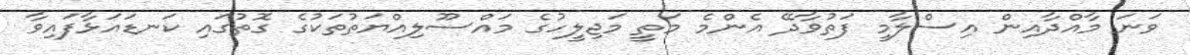
ވަނަ މާއްދާއިން އިސްލާމީ ފަތުވާދޭ އެންމެ މަތީ މަޖިލީހުގެ މައްސޫލިއްޔަތުތަކުގެ ގޮތުގައި ކަނޑައަޅާފައިވާ